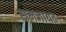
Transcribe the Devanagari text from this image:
समजायत